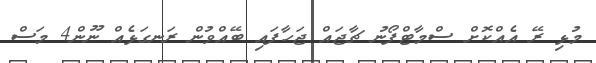
މުޅި ރޭ އެއްކޮށް ސްމާޓްފޯނު ޗާޖައް ޖަހާފައި ބޭއްވުން ރަނގަޅެއް ނޫން4 މަސް